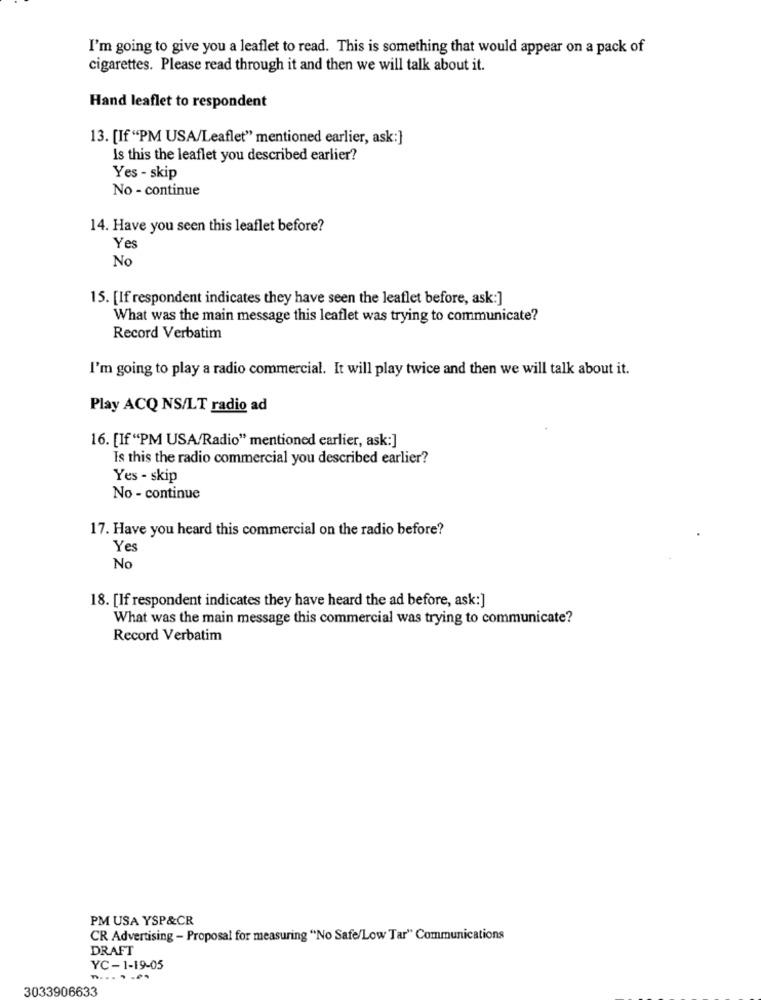
I'm going to give you a leaflet to read. This is something that would appear on a pack of
cigarettes. Please read through it and then we will talk about it.
Hand leaflet to respondent
13. [If "PM USA/Leaflet" mentioned earlier, ask:]
Is this the leaflet you described earlier?
Yes - skip
No - continue
14. Have you seen this leaflet before?
Yes
No
15. [If respondent indicates they have seen the leaflet before, ask:]
What was the main message this leaflet was trying to communicate?
Record Verbatim
I'm going to play a radio commercial. It will play twice and then we will talk about it.
Play ACQ NS/LT radio ad
16. [If "PM USA/Radio" mentioned earlier, ask:]
Is this the radio commercial you described earlier?
Yes - skip
No - continue
17. Have you heard this commercial on the radio before?
Yes
No
18. [If respondent indicates they have heard the ad before, ask:]
What was the main message this commercial was trying to communicate?
Record Verbatim
PM USA YSP&CR
CR Advertising - Proposal for measuring "No Safe/Low Tar" Communications
DRAFT
YC-1-19-05
3033906633